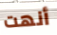
أنهت